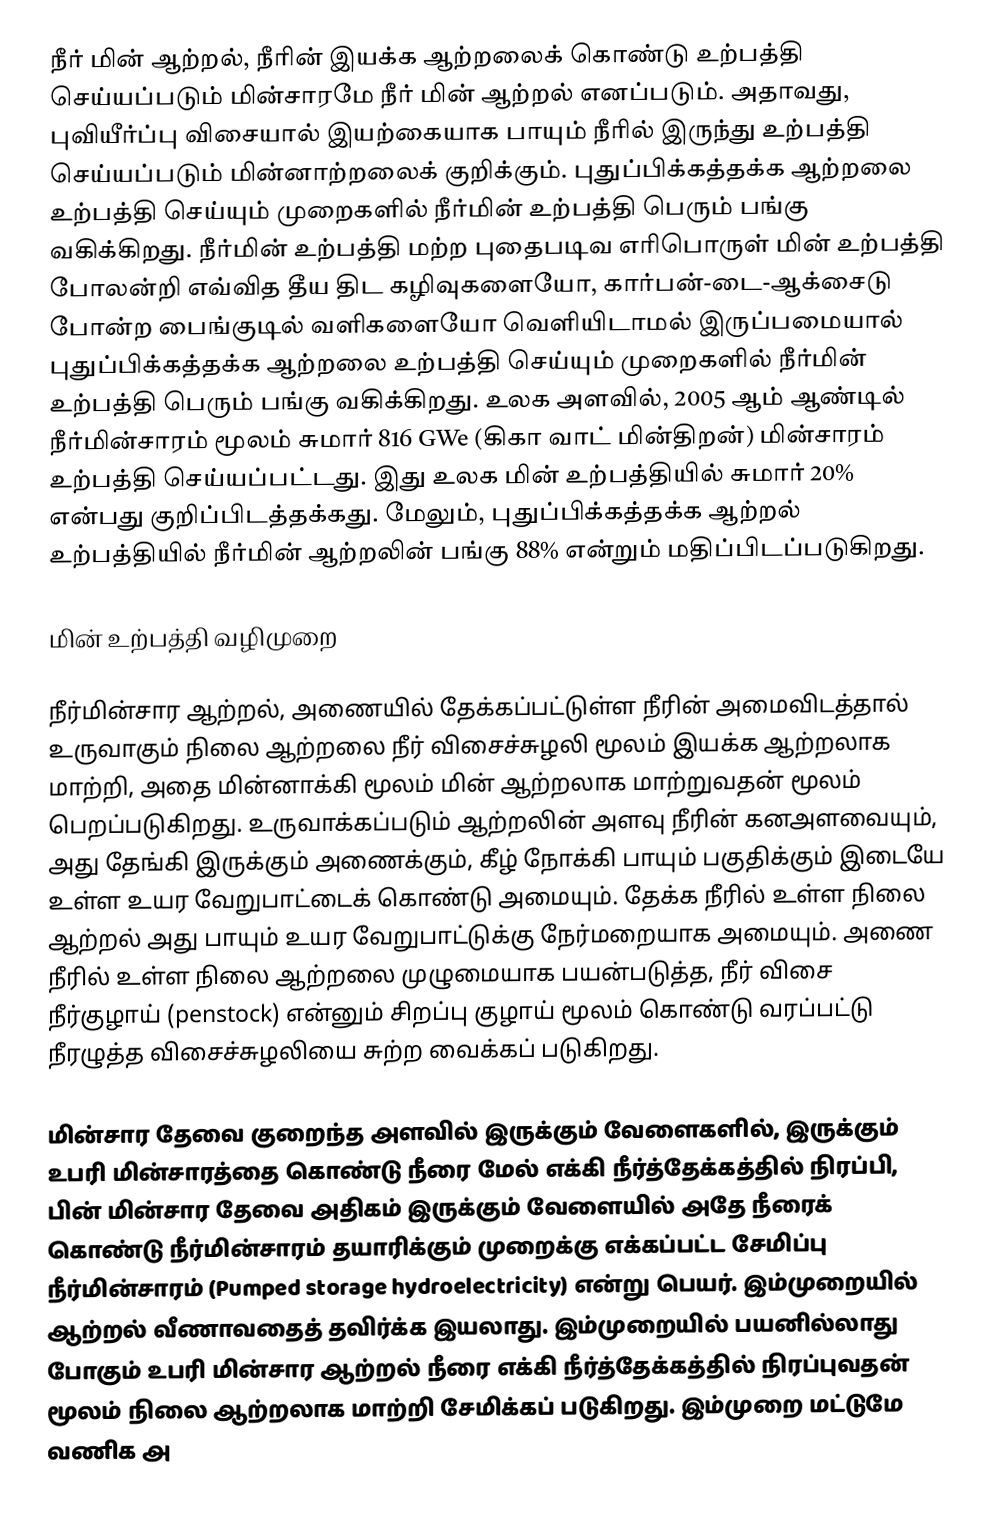
நீர் மின் ஆற்றல், நீரின் இயக்க ஆற்றலைக் கொண்டு உற்பத்தி செய்யப்படும் மின்சாரமே நீர் மின் ஆற்றல் எனப்படும். அதாவது, புவியீர்ப்பு விசையால் இயற்கையாக பாயும் நீரில் இருந்து உற்பத்தி செய்யப்படும் மின்னாற்றலைக் குறிக்கும். புதுப்பிக்கத்தக்க ஆற்றலை உற்பத்தி செய்யும் முறைகளில் நீர்மின் உற்பத்தி பெரும் பங்கு வகிக்கிறது. நீர்மின் உற்பத்தி மற்ற புதைபடிவ எரிபொருள் மின் உற்பத்தி போலன்றி எவ்வித தீய திட கழிவுகளையோ, கார்பன்-டை-ஆக்சைடு போன்ற பைங்குடில் வளிகளையோ வெளியிடாமல் இருப்பமையால் புதுப்பிக்கத்தக்க ஆற்றலை உற்பத்தி செய்யும் முறைகளில் நீர்மின் உற்பத்தி பெரும் பங்கு வகிக்கிறது. உலக அளவில், 2005 ஆம் ஆண்டில் நீர்மின்சாரம் மூலம் சுமார் 816 GWe (கிகா வாட் மின்திறன்) மின்சாரம் உற்பத்தி செய்யப்பட்டது. இது உலக மின் உற்பத்தியில் சுமார் 20% என்பது குறிப்பிடத்தக்கது. மேலும், புதுப்பிக்கத்தக்க ஆற்றல் உற்பத்தியில் நீர்மின் ஆற்றலின் பங்கு 88% என்றும் மதிப்பிடப்படுகிறது.

மின் உற்பத்தி வழிமுறை

நீர்மின்சார ஆற்றல், அணையில் தேக்கப்பட்டுள்ள நீரின் அமைவிடத்தால் உருவாகும் நிலை ஆற்றலை  நீர் விசைச்சுழலி மூலம் இயக்க ஆற்றலாக மாற்றி, அதை மின்னாக்கி மூலம் மின் ஆற்றலாக மாற்றுவதன் மூலம் பெறப்படுகிறது. உருவாக்கப்படும் ஆற்றலின் அளவு நீரின் கனஅளவையும், அது தேங்கி இருக்கும் அணைக்கும், கீழ் நோக்கி பாயும் பகுதிக்கும் இடையே உள்ள உயர வேறுபாட்டைக்  கொண்டு அமையும். தேக்க நீரில் உள்ள நிலை ஆற்றல் அது பாயும் உயர வேறுபாட்டுக்கு நேர்மறையாக அமையும். அணை நீரில் உள்ள நிலை ஆற்றலை முழுமையாக பயன்படுத்த, நீர் விசை நீர்குழாய் (penstock) என்னும் சிறப்பு குழாய் மூலம் கொண்டு வரப்பட்டு நீரழுத்த விசைச்சுழலியை சுற்ற வைக்கப் படுகிறது.

மின்சார தேவை குறைந்த அளவில் இருக்கும் வேளைகளில், இருக்கும் உபரி மின்சாரத்தை கொண்டு நீரை மேல் எக்கி நீர்த்தேக்கத்தில் நிரப்பி, பின் மின்சார தேவை அதிகம் இருக்கும் வேளையில் அதே நீரைக் கொண்டு நீர்மின்சாரம் தயாரிக்கும் முறைக்கு எக்கப்பட்ட சேமிப்பு நீர்மின்சாரம் (Pumped storage hydroelectricity) என்று பெயர். இம்முறையில் ஆற்றல் வீணாவதைத் தவிர்க்க இயலாது. இம்முறையில் பயனில்லாது போகும் உபரி மின்சார ஆற்றல் நீரை எக்கி நீர்த்தேக்கத்தில் நிரப்புவதன் மூலம் நிலை ஆற்றலாக மாற்றி சேமிக்கப் படுகிறது. இம்முறை மட்டுமே வணிக அ